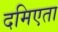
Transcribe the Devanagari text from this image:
दमिएता